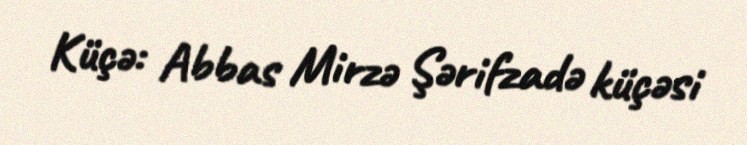
Küçə: Abbas Mirzə Şərifzadə küçəsi